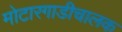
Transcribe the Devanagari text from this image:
मोटारगाडीचालक